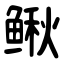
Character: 鳅